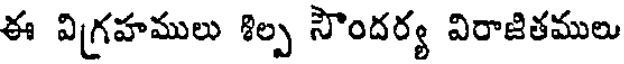
ఈ విగ్రహములు శిల్ప సౌందర్య విరాజితములు